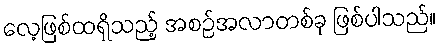
လေ့ဖြစ်ထရှိသည့် အစဉ်အလာတစ်ခု ဖြစ်ပါသည်။